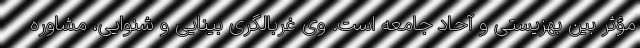
مؤثر بین بهزیستی و آحاد جامعه است. وی غربالگری بینایی و شنوایی، مشاوره